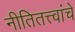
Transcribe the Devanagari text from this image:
नीतितत्त्वांचे